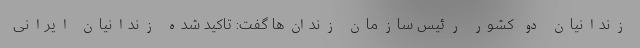
زندانیان دو کشور رئیس سازمان زندان‌ها گفت: تاکید شده زندانیان ایرانی